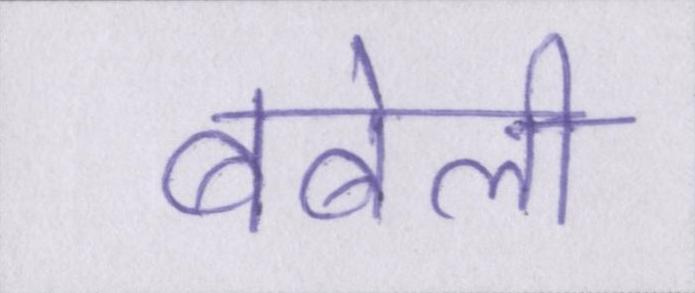
बबेली